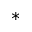
\ast